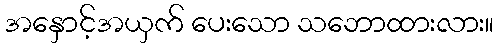
အနှောင့်အယှက် ပေးသော သဘောထားလား။